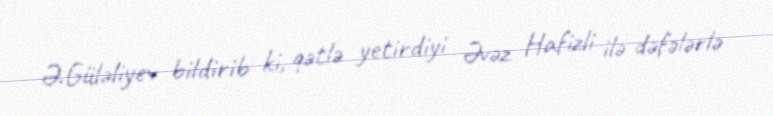
Ə.Güləliyev bildirib ki, qətlə yetirdiyi Əvəz Hafizli ilə dəfələrlə